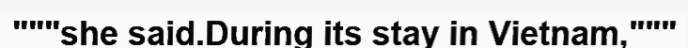
"""she said.During its stay in Vietnam,"""